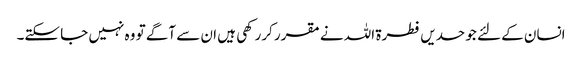
انسان کے لئے جو حدیں فطرۃ اللہ نے مقرر کررکھی ہیں ان سے آگے تو وہ نہیں جا سکتے۔